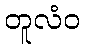
တူလံဝ